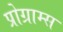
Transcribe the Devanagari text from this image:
प्रोग्राम्‍स